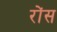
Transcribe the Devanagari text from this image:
रोंस